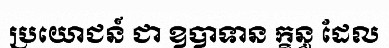
ប្រយោជន៍ ជា ឧបាទាន ក្ខន្ធ ដែល